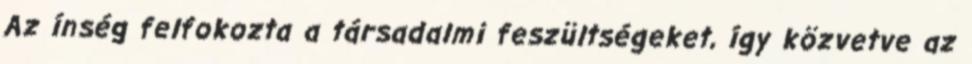
Az ínség felfokozta a társadalmi feszültségeket, így közvetve az